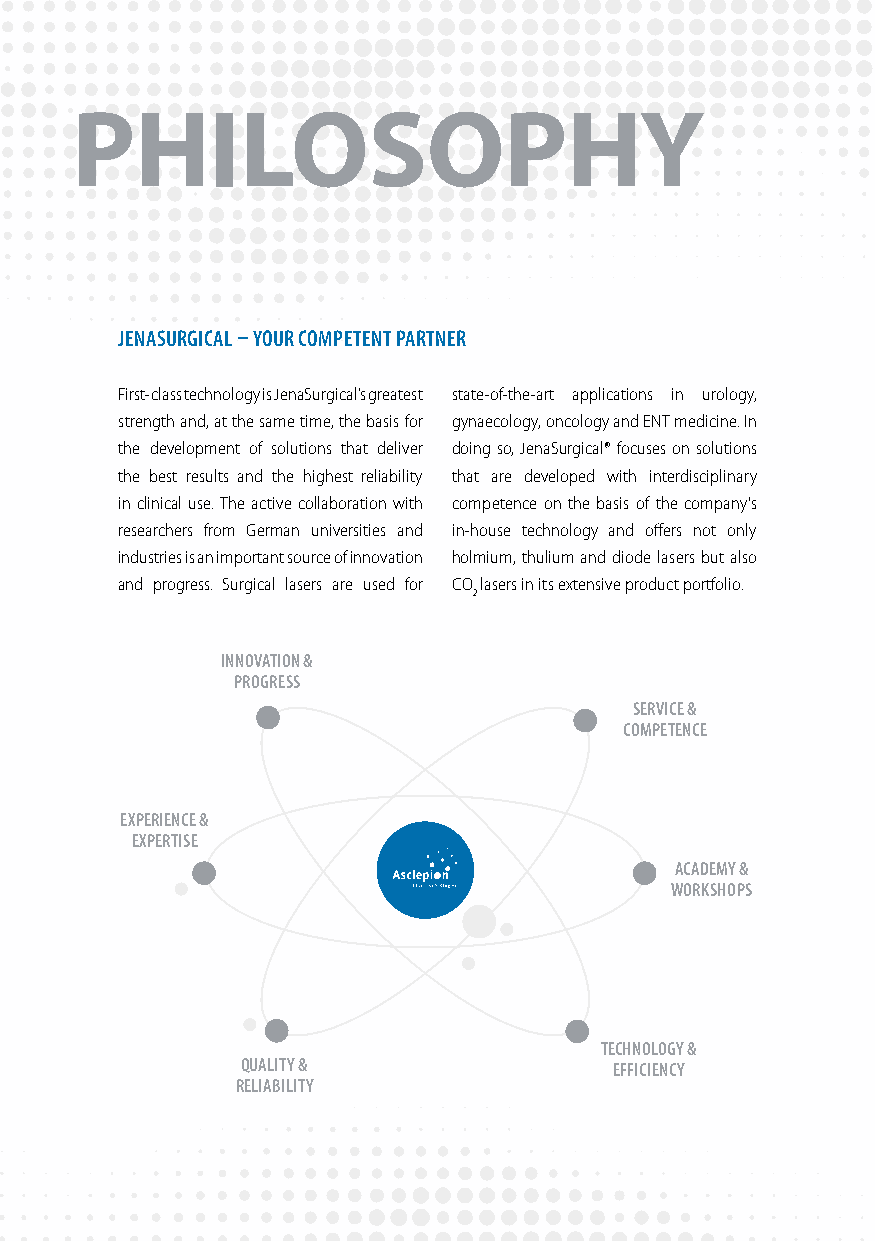
PHILOSOPHY
 JENASURGICAL – YOUR COMPETENT PARTNER
 First-class technology is JenaSurgical’s greatest state-of-the-art applications in urology,
 strength and, at the same time, the basis for gynaecology, oncology and ENT medicine. In
 the development of solutions that deliver doing so, JenaSurgical® focuses on solutions
 the best results and the highest reliability that are developed with interdisciplinary
 in clinical use. The active collaboration with competence on the basis of the company‘s
 researchers from German universities and in-house technology and offers not only
 industries is an important source of innovation holmium, thulium and diode lasers but also
 and progress. Surgical lasers are used for CO lasers in its extensive product portfolio.
 2
 INNOVATION &
 PROGRESS
 SERVICE &
 COMPETENCE
 EXPERIENCE &
 EXPERTISE
 ACADEMY &
 WORKSHOPS
 TECHNOLOGY &
 QUALITY &                EFFICIENCY
 RELIABILITY